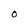
Character: O